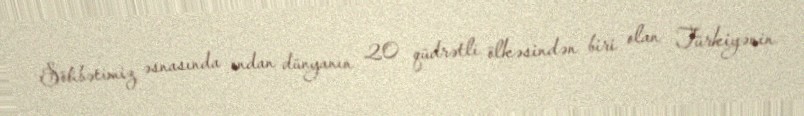
Söhbətimiz əsnasında ondan dünyanın 20 qüdrətli ölkəsindən biri olan Türkiyənin